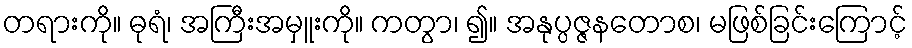
တရားကို။ ဓုရံ၊ အကြီးအမှူးကို။ ကတွာ၊ ၍။ အနုပ္ပဇ္ဇနတောစ၊ မဖြစ်ခြင်းကြောင့်